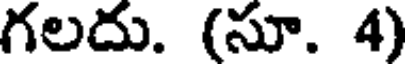
గలదు. (సూ. 4)